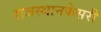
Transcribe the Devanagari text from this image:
राजस्थानकेसरी